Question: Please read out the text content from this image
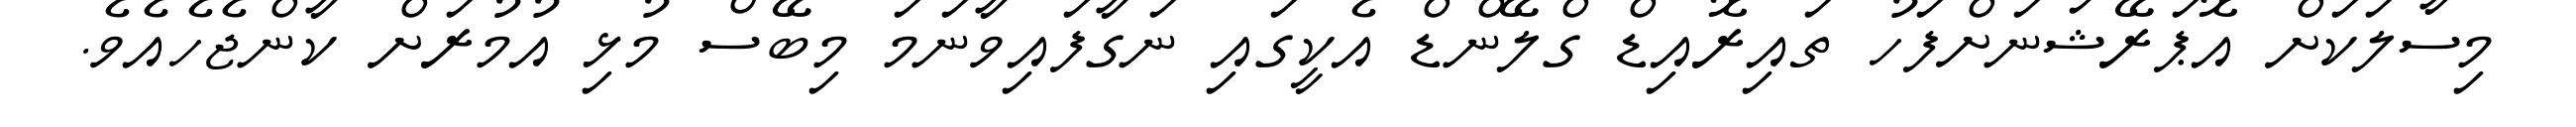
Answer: މިސާލަކަށް އޮޕަރޭޝަނަށްފަހު ތައިރޮއިޑް ގްލޭންޑް އެކީގައި ނަގާފައިވާނަމަ މިބޭސް މުޅި އުމުރަށް ކާންޖެހެއެވެ.